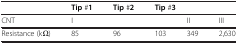
|  | Tip #1 | Tip #2 | <COLSPAN=3> Tip #3 |
 | --- | --- | --- | --- | --- | --- |
 | CNT | <COLSPAN=3> I | II | III |
 | Resistance (kΩ) | 85 | 96 | 103 | 349 | 2,630 |